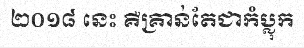
២០១៨ នេះ គឺគ្រាន់តែជាកំប្លុក